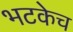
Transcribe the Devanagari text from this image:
भटकेच